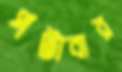
পটাবার